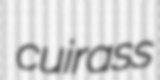
cuirass